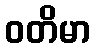
ဝတိမာ